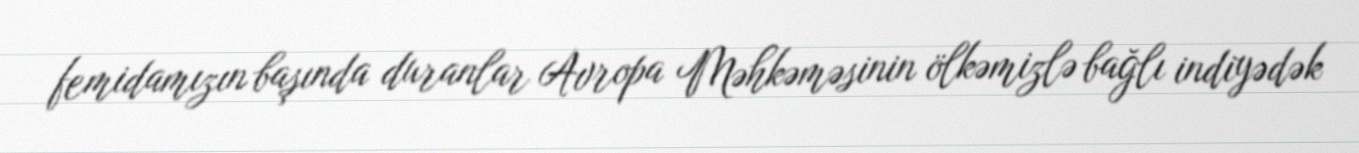
femidamızın başında duranlar Avropa Məhkəməsinin ölkəmizlə bağlı indiyədək